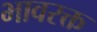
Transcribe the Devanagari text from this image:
भावरक्त